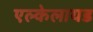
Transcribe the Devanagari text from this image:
एल्केलायड